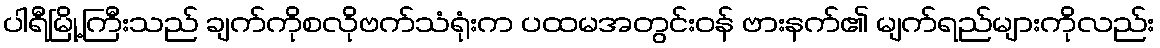
ပါရီမြို့ကြီးသည် ချက်ကိုစလိုဗက်သံရုံးက ပထမအတွင်းဝန် ဗားနက်၏ မျက်ရည်များကိုလည်း